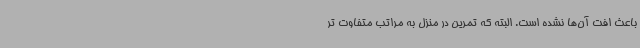
باعث افت آن‌ها نشده است. البته که تمرین در منزل به مراتب متفاوت تر